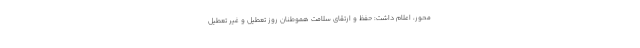
محور، اعلام داشت: حفظ و ارتقای سلامت هموطنان روز تعطیل و غیر تعطیل